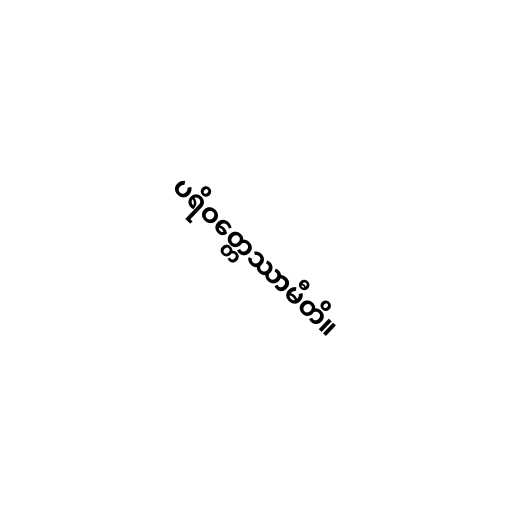
ပရိဝတ္တေဿာမီတိ။